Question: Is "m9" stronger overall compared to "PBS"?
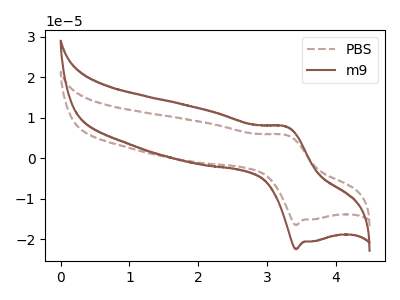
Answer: <think>The brown dashed curve "PBS" has an anodic peak at (3.30V, 5.75uA) and a cathodic peak at (3.45V, -16.45uA). The brown curve "m9" has an anodic peak at (3.30V, 7.80uA) and a cathodic peak at (3.45V, -22.40uA).
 All the peaks in "m9" have a peak in "PBS" at the same potential. Every peak in "m9" is higher than every peak in "PBS".</think>
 <answer>"m9" has more signal than "PBS".</answer>
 <eval>more_signal</eval>